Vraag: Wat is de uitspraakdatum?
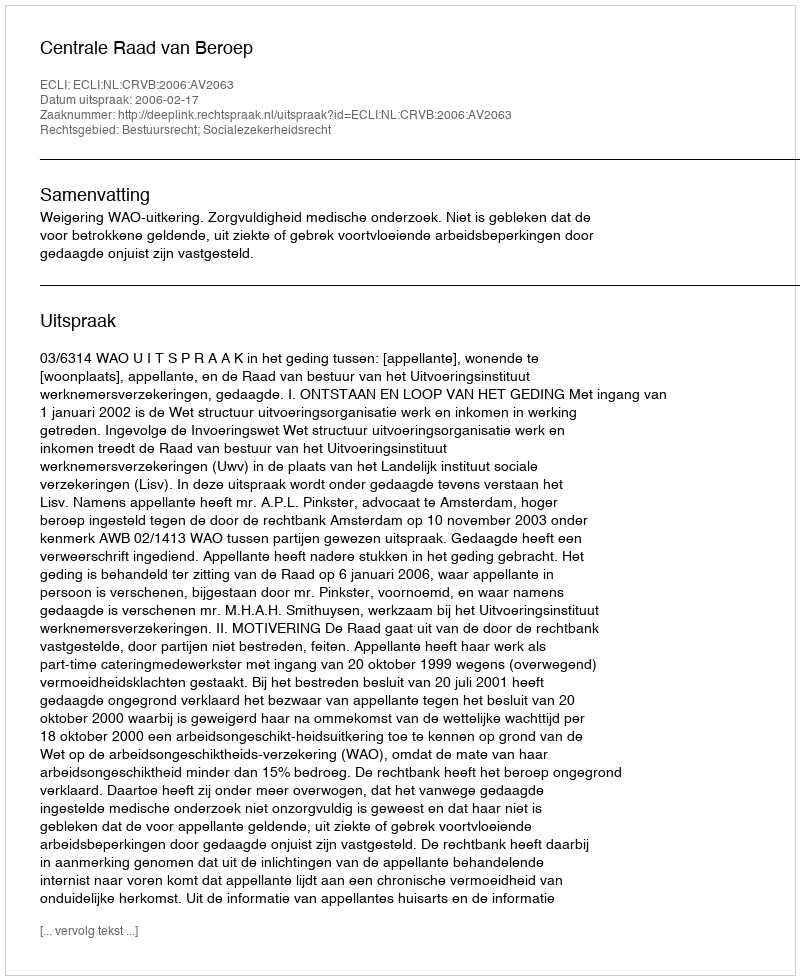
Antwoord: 2006-02-17